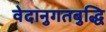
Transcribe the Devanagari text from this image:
वेदानुगतबुद्धि